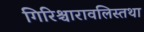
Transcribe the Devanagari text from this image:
गिरिश्चारावलिस्तथा